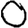
Digit: 0